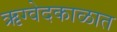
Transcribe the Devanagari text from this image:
ऋग्वेदकाळात